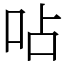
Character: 呫